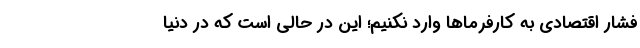
فشار اقتصادی به کارفرماها وارد نکنیم؛ این در حالی است که در دنیا